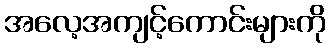
အလေ့အကျင့်ကောင်းများကို